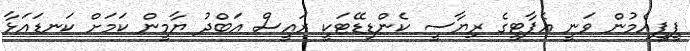
ޕީޕީއެމުން ވަނީ އެޕާޓީގެ ރިޔާސީ ކެންޑިޑޭޓަކީ ރައީސް އަބްދު ޔާމީން ކަމަށް ކަނޑައަޅާ